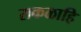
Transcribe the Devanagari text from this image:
सकळाहि